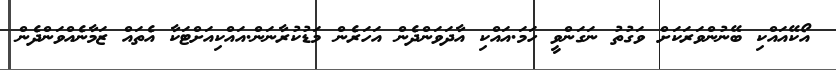
އޯކޭއައްކި ބޭނުންވަރަކަށް ވަގުތު ނަގަންވީ ހަމަ.އައްކި އާދަވަންދެން އަހަރެން މަޑުކުރާނަން.އައްކިއަށްޓަކާ އެތައް ޒަމާނެއްވަންދެން